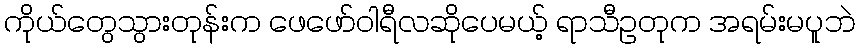
ကိုယ်တွေသွားတုန်းက ဖေဖော်ဝါရီလဆိုပေမယ့် ရာသီဥတုက အရမ်းမပူဘဲ